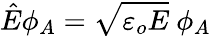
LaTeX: \hat{E}\phi_{A}=\sqrt{\varepsilon_{o}E}\ \phi_{A}